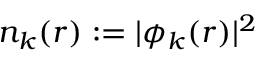
n _ { k } ( \boldsymbol { r } ) : = | \phi _ { k } ( \boldsymbol { r } ) | ^ { 2 }